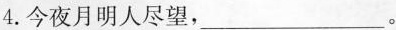
4.今夜月明人尽望，___。